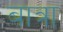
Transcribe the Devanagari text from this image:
बात्रा